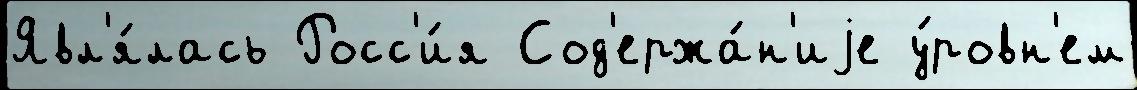
Явл'я́лась Росс'и́я Сод'ержа́н'иjе у́ровн'ем